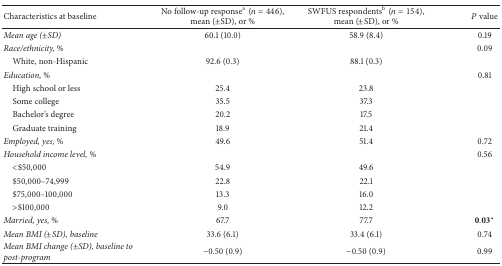
| Characteristics at baseline | No follow-up responsea(n = 446),mean (±SD), or % | SWFUS respondentsb(n = 154),mean (±SD), or % | P value |
 | --- | --- | --- | --- |
 | Mean age (±SD) | 60.1 (10.0) | 58.9 (8.4) | 0.19 |
 | Race/ethnicity, % |  |  | 0.09 |
 | White, non-Hispanic | 92.6 (0.3) | 88.1 (0.3) |  |
 | Education, % |  |  | 0.81 |
 | High school or less | 25.4 | 23.8 |  |
 | Some college | 35.5 | 37.3 |  |
 | Bachelor's degree | 20.2 | 17.5 |  |
 | Graduate training | 18.9 | 21.4 |  |
 | Employed, yes, % | 49.6 | 51.4 | 0.72 |
 | Household income level, % |  |  | 0.56 |
 | <$50,000 | 54.9 | 49.6 |  |
 | $50,000–74,999 | 22.8 | 22.1 |  |
 | $75,000–100,000 | 13.3 | 16.0 |  |
 | >$100,000 | 9.0 | 12.2 |  |
 | Married, yes, % | 67.7 | 77.7 | 0.03∗ |
 | Mean BMI (±SD), baseline | 33.6 (6.1) | 33.4 (6.1) | 0.74 |
 | Mean BMI change (±SD), baseline to post-program | −0.50 (0.9) | −0.50 (0.9) | 0.99 |